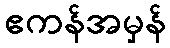
ဧကန်အမှန်